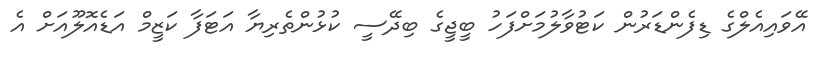
އޭވައިއެލްގެ ޑިފެންޑަރުން ކަޓުވާލުމަށްފަހު ބީޖީގެ ބިދޭސީ ކުޅުންތެރިޔާ އަޓަފާ ކަޒީމް އަޑެއޮލޫއަށް އެ